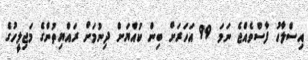
އިސްލާހު ފާސްވެއްޖެ ނަމަ 99 އަހަރަށް ބިން ކުއްޔަށް ދިނުމަށް ރައްޔިތުންގެ މަޖިލީހުގެ